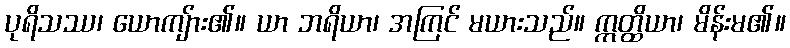
ပုရိသဿ၊ ယောကျ်ား၏။ ယာ ဘရိယာ၊ အကြင် မယားသည်။ ဣတ္ထိယာ၊ မိန်းမ၏။